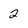
Character: 2